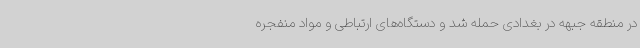
در منطقه جبهه در بغدادی حمله شد و دستگاه‌های ارتباطی و مواد منفجره